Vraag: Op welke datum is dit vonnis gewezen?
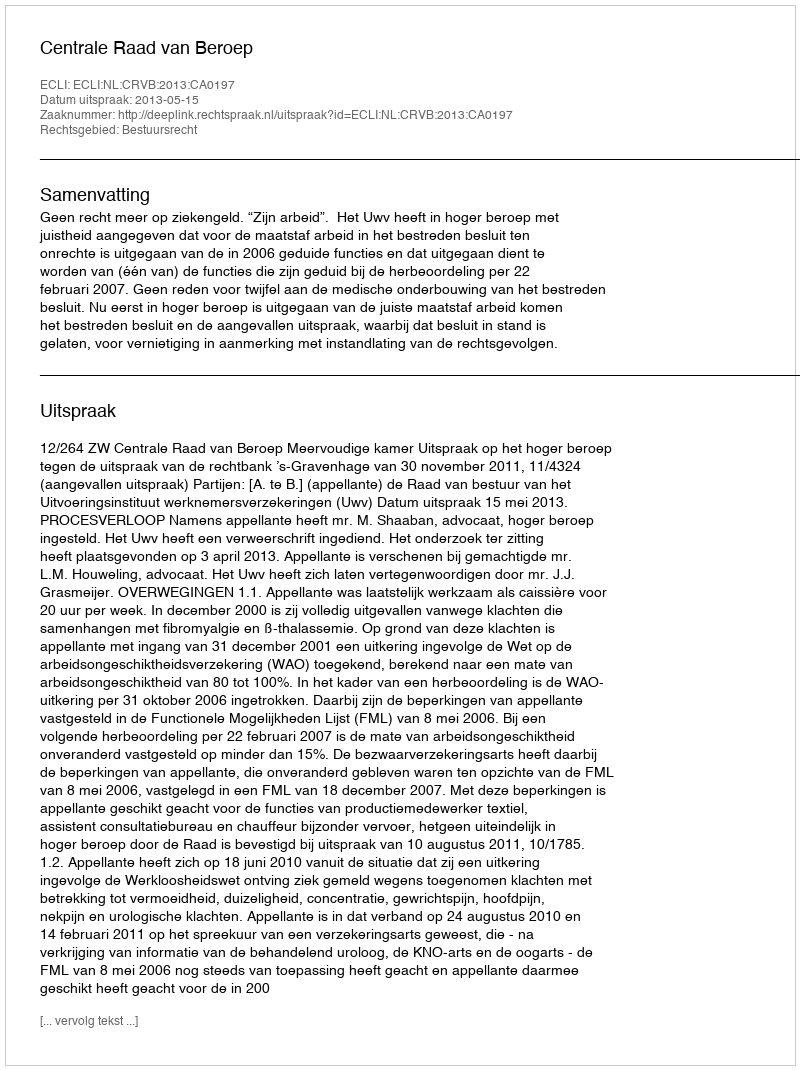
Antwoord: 2013-05-15